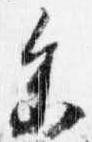
参